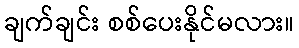
ချက်ချင်း စစ်ပေးနိုင်မလား။